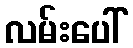
လမ်းပေါ်